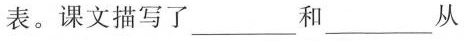
表。课文描写了___和___从